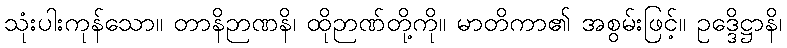
သုံးပါးကုန်သော။ တာနိဉာဏနိ၊ ထိုဉာဏ်တို့ကို။ မာတိကာ၏ အစွမ်းဖြင့်။ ဥဒ္ဒေိဋ္ဌာနိ၊